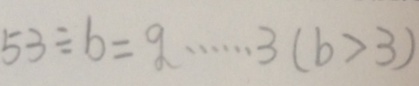
5 3 \div b = q \cdots 3 ( b > 3 )